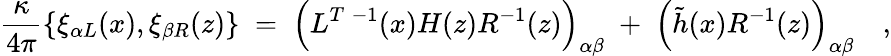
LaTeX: {\frac{\kappa}{4\pi}}\{ \xi_{\alpha L}(x),\xi_{\beta R}(z)\} \; =\; \Bigl(L^{T\; -1}(x)H(z)R^{-1}(z)\Bigr)_{\alpha\beta}\; +\; \Bigl(\tilde{h}(x)R^{-1}(z)\Bigr)_{\alpha\beta}\quad,